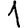
Digit: 1